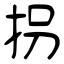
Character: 拐